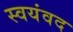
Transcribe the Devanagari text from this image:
स्वयंवद